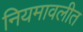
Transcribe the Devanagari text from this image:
नियमावलीत